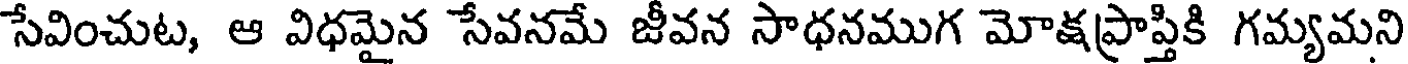
సేవించుట, ఆ విధమైన సేవనమే జీవన సాధనముగ మోక్షప్రాప్తికి గమ్యమని